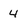
Character: 4